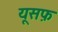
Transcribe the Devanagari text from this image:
यूसफ़